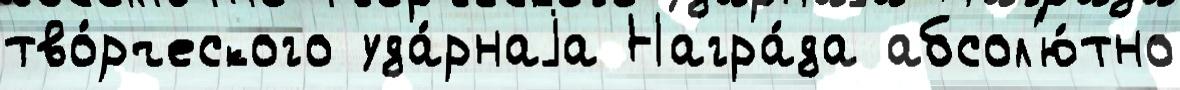
тво́рческого уда́рнаjа Награ́да абсол'ю́тно